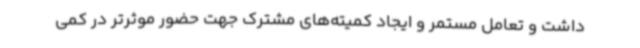
داشت و تعامل مستمر و ایجاد کمیته‌های مشترک جهت حضور موثرتر در کمی